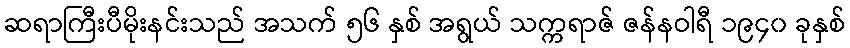
ဆရာကြီးပီမိုးနင်းသည် အသက် ၅၆ နှစ် အရွယ် သက္ကရာဇ် ဇန်နဝါရီ ၁၉၄၀ ခုနှစ်